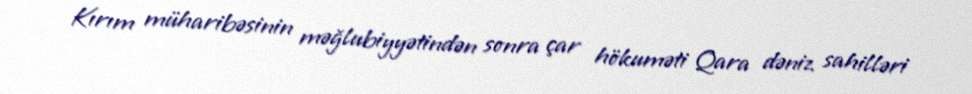
Kırım müharibəsinin məğlubiyyətindən sonra çar hökuməti Qara dəniz sahilləri